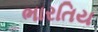
ભારતિય